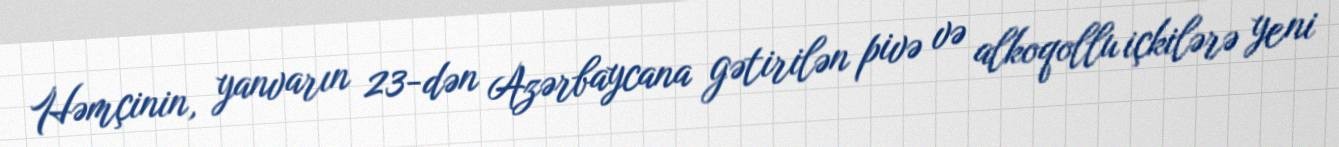
Həmçinin, yanvarın 23-dən Azərbaycana gətirilən pivə və alkoqollu içkilərə yeni